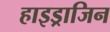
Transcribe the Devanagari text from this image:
हाइड्राजिन